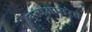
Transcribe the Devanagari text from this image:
नृत्यअप्सरेचे